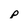
Character: p